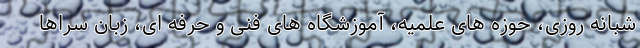
شبانه روزی، حوزه های علمیه، آموزشگاه های فنی و حرفه ای، زبان سراها